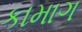
કામાગ